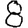
Digit: 8